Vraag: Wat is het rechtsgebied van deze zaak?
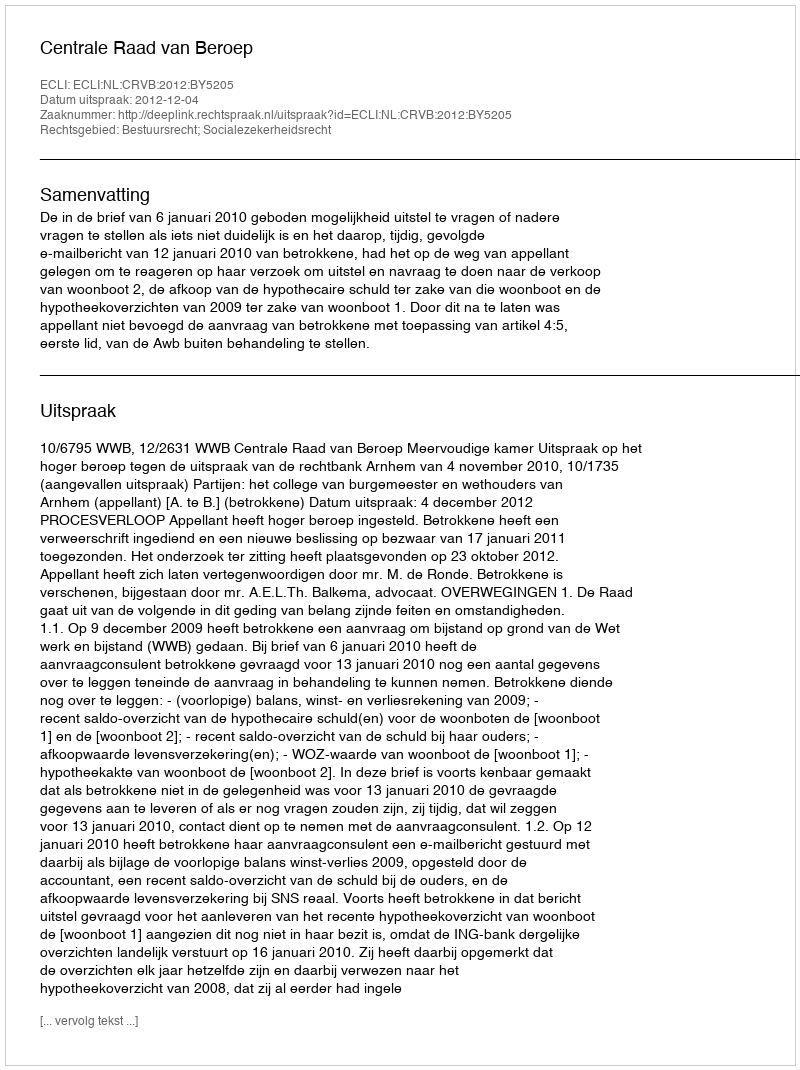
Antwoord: Bestuursrecht; Socialezekerheidsrecht